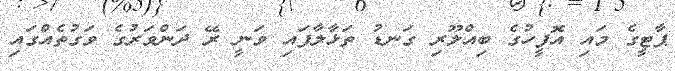
ޕާޓީގެ މައި އޮފީހުގެ ބިއްލޫރި ގަނޑު ތަޅާލާފައި ވަނީ ރޭ ދަންވަރުގެ ވަގުތެއްގައި